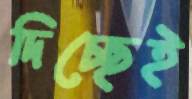
দিচ্ছেই